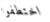
اختطفوا